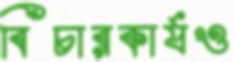
বিচারকার্যও